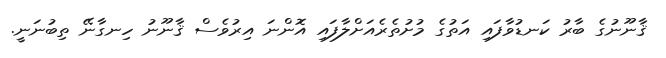
ޤާނޫނުގެ ބާރު ކަނޑުވާފައި އަތުގެ މުށުތެރެއަށްލާފައި އޮންނަ އިރުވެސް ޤާނޫނު ހިނގާނޭ ތިބުނަނީ.